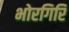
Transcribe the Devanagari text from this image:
भोरगिरि